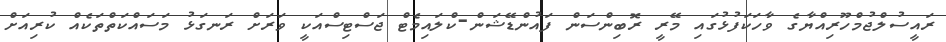
ރައީސުލްޖުމްހޫރިއްޔާގެ ވާހަކަފުޅުގައި މޭރީ ރޮބިންސަން ފައުންޑޭޝަން-ކްލައިމެޓް ޖަސްޓިސްއަކީ ވަރަށް ރަނގަޅު މަސައްކަތްތަކެއް ކުރިއަށް